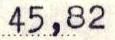
45,82